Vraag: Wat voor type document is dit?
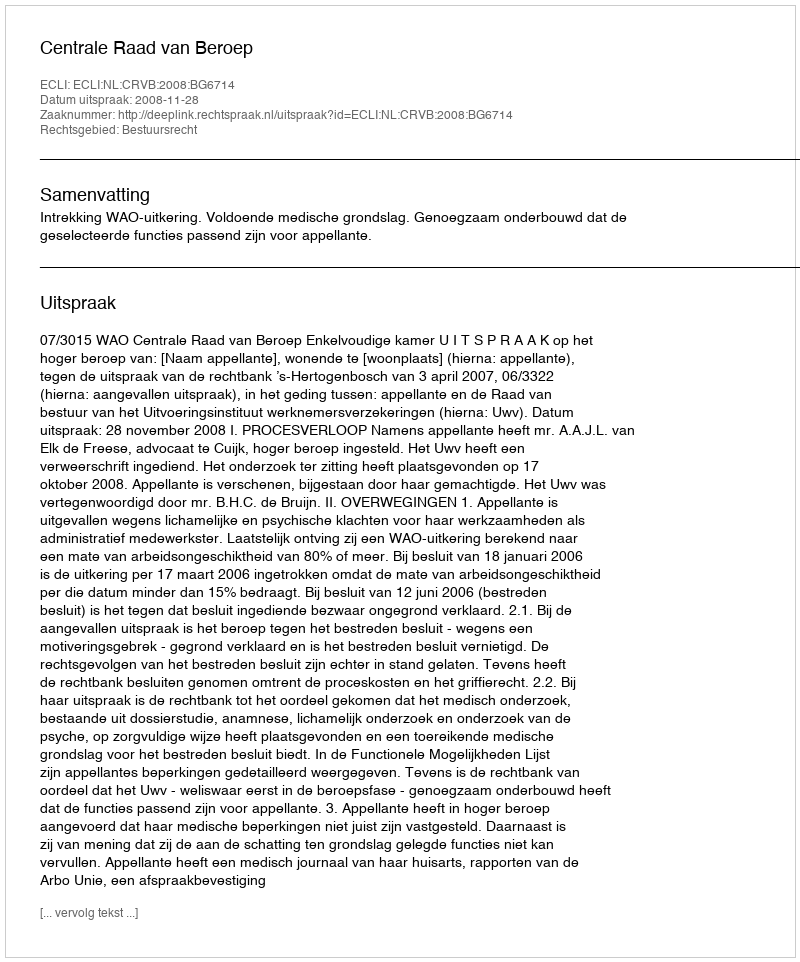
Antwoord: Uitspraak